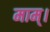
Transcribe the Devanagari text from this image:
माम्।